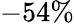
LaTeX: -54\%